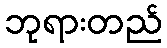
ဘုရားတည်